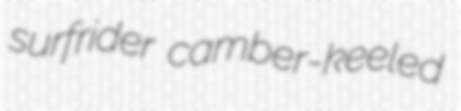
surfrider camber-keeled